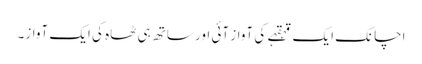
اچانک ایک قہقہے کی آواز آئی اور ساتھ ہی ٹھاہ کی ایک آواز۔